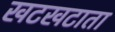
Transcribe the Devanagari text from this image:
खटखटाता